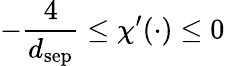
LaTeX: -\frac{4}{d_{\mathrm{sep}}}\leq\chi^{\prime}(\cdot)\leq 0